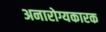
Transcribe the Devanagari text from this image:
अनारोग्यकारक